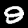
Digit: 9